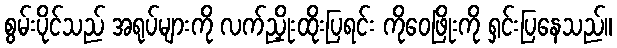
စွမ်းပိုင်သည် အရုပ်များကို လက်ညှိုးထိုးပြရင်း ကိုဝေဖြိုးကို ရှင်းပြနေသည်။